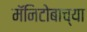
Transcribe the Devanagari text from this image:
मॅनिटोबाच्या